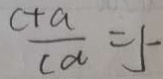
\frac { c + a } { c a } = 5